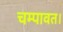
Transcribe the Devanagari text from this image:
चम्पावत।